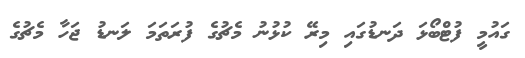
ގައުމީ ފުޓްބޯޅަ ދަނޑުގައި މިރޭ ކުޅުނު މެޗުގެ ފުރަތަމަ ލަނޑު ޖަހާ މެޗުގެ